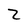
Character: Z